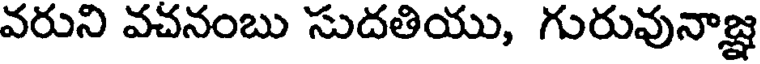
వరుని వచనంబు సుదతియు, గురువునాజ్ఞ